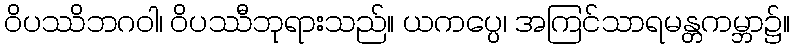
ဝိပဿိဘဂဝါ၊ ဝိပဿီဘုရားသည်။ ယကပ္ပေ၊ အကြင်သာရမန္တကမ္ဘာ၌။